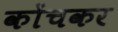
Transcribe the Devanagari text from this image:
कोंचकर